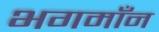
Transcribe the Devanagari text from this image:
भगमाँन